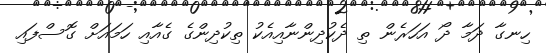
ހިނގާ ދަމާ ދޯ އަހަރެން ތި ދެކުދިންނާއިއެކު ތިކުދިންގެ ގެއާއި ހަމައަށް ގޮސްފައި